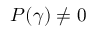
P ( \gamma ) \neq 0